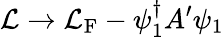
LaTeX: {\cal L}\rightarrow{\cal L}_{\mathrm{F}}-\psi_{1}^{\dagger}A^{\prime}\psi_{1}